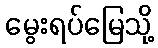
မွေးရပ်မြေသို့